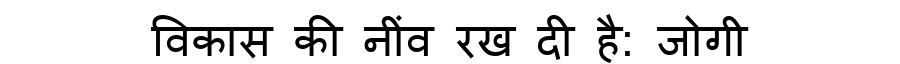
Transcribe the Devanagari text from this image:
विकास की नींव रख दी है: जोगी